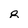
Character: 8